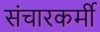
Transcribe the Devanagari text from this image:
संचारकर्मी